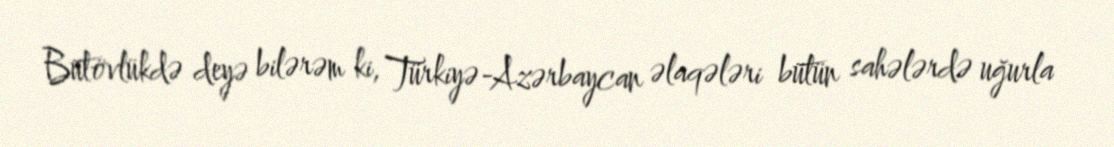
Bütövlükdə deyə bilərəm ki, Türkiyə-Azərbaycan əlaqələri bütün sahələrdə uğurla